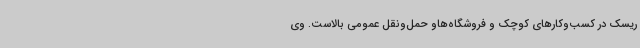
ریسک در کسب‌وکارهای کوچک و فروشگاه‌هاو حمل‌ونقل عمومی بالاست. وی